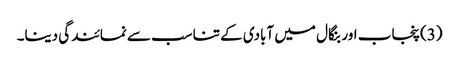
(3) پنجاب اور بنگال میں آبادی کے تناسب سے نمائندگی دینا۔